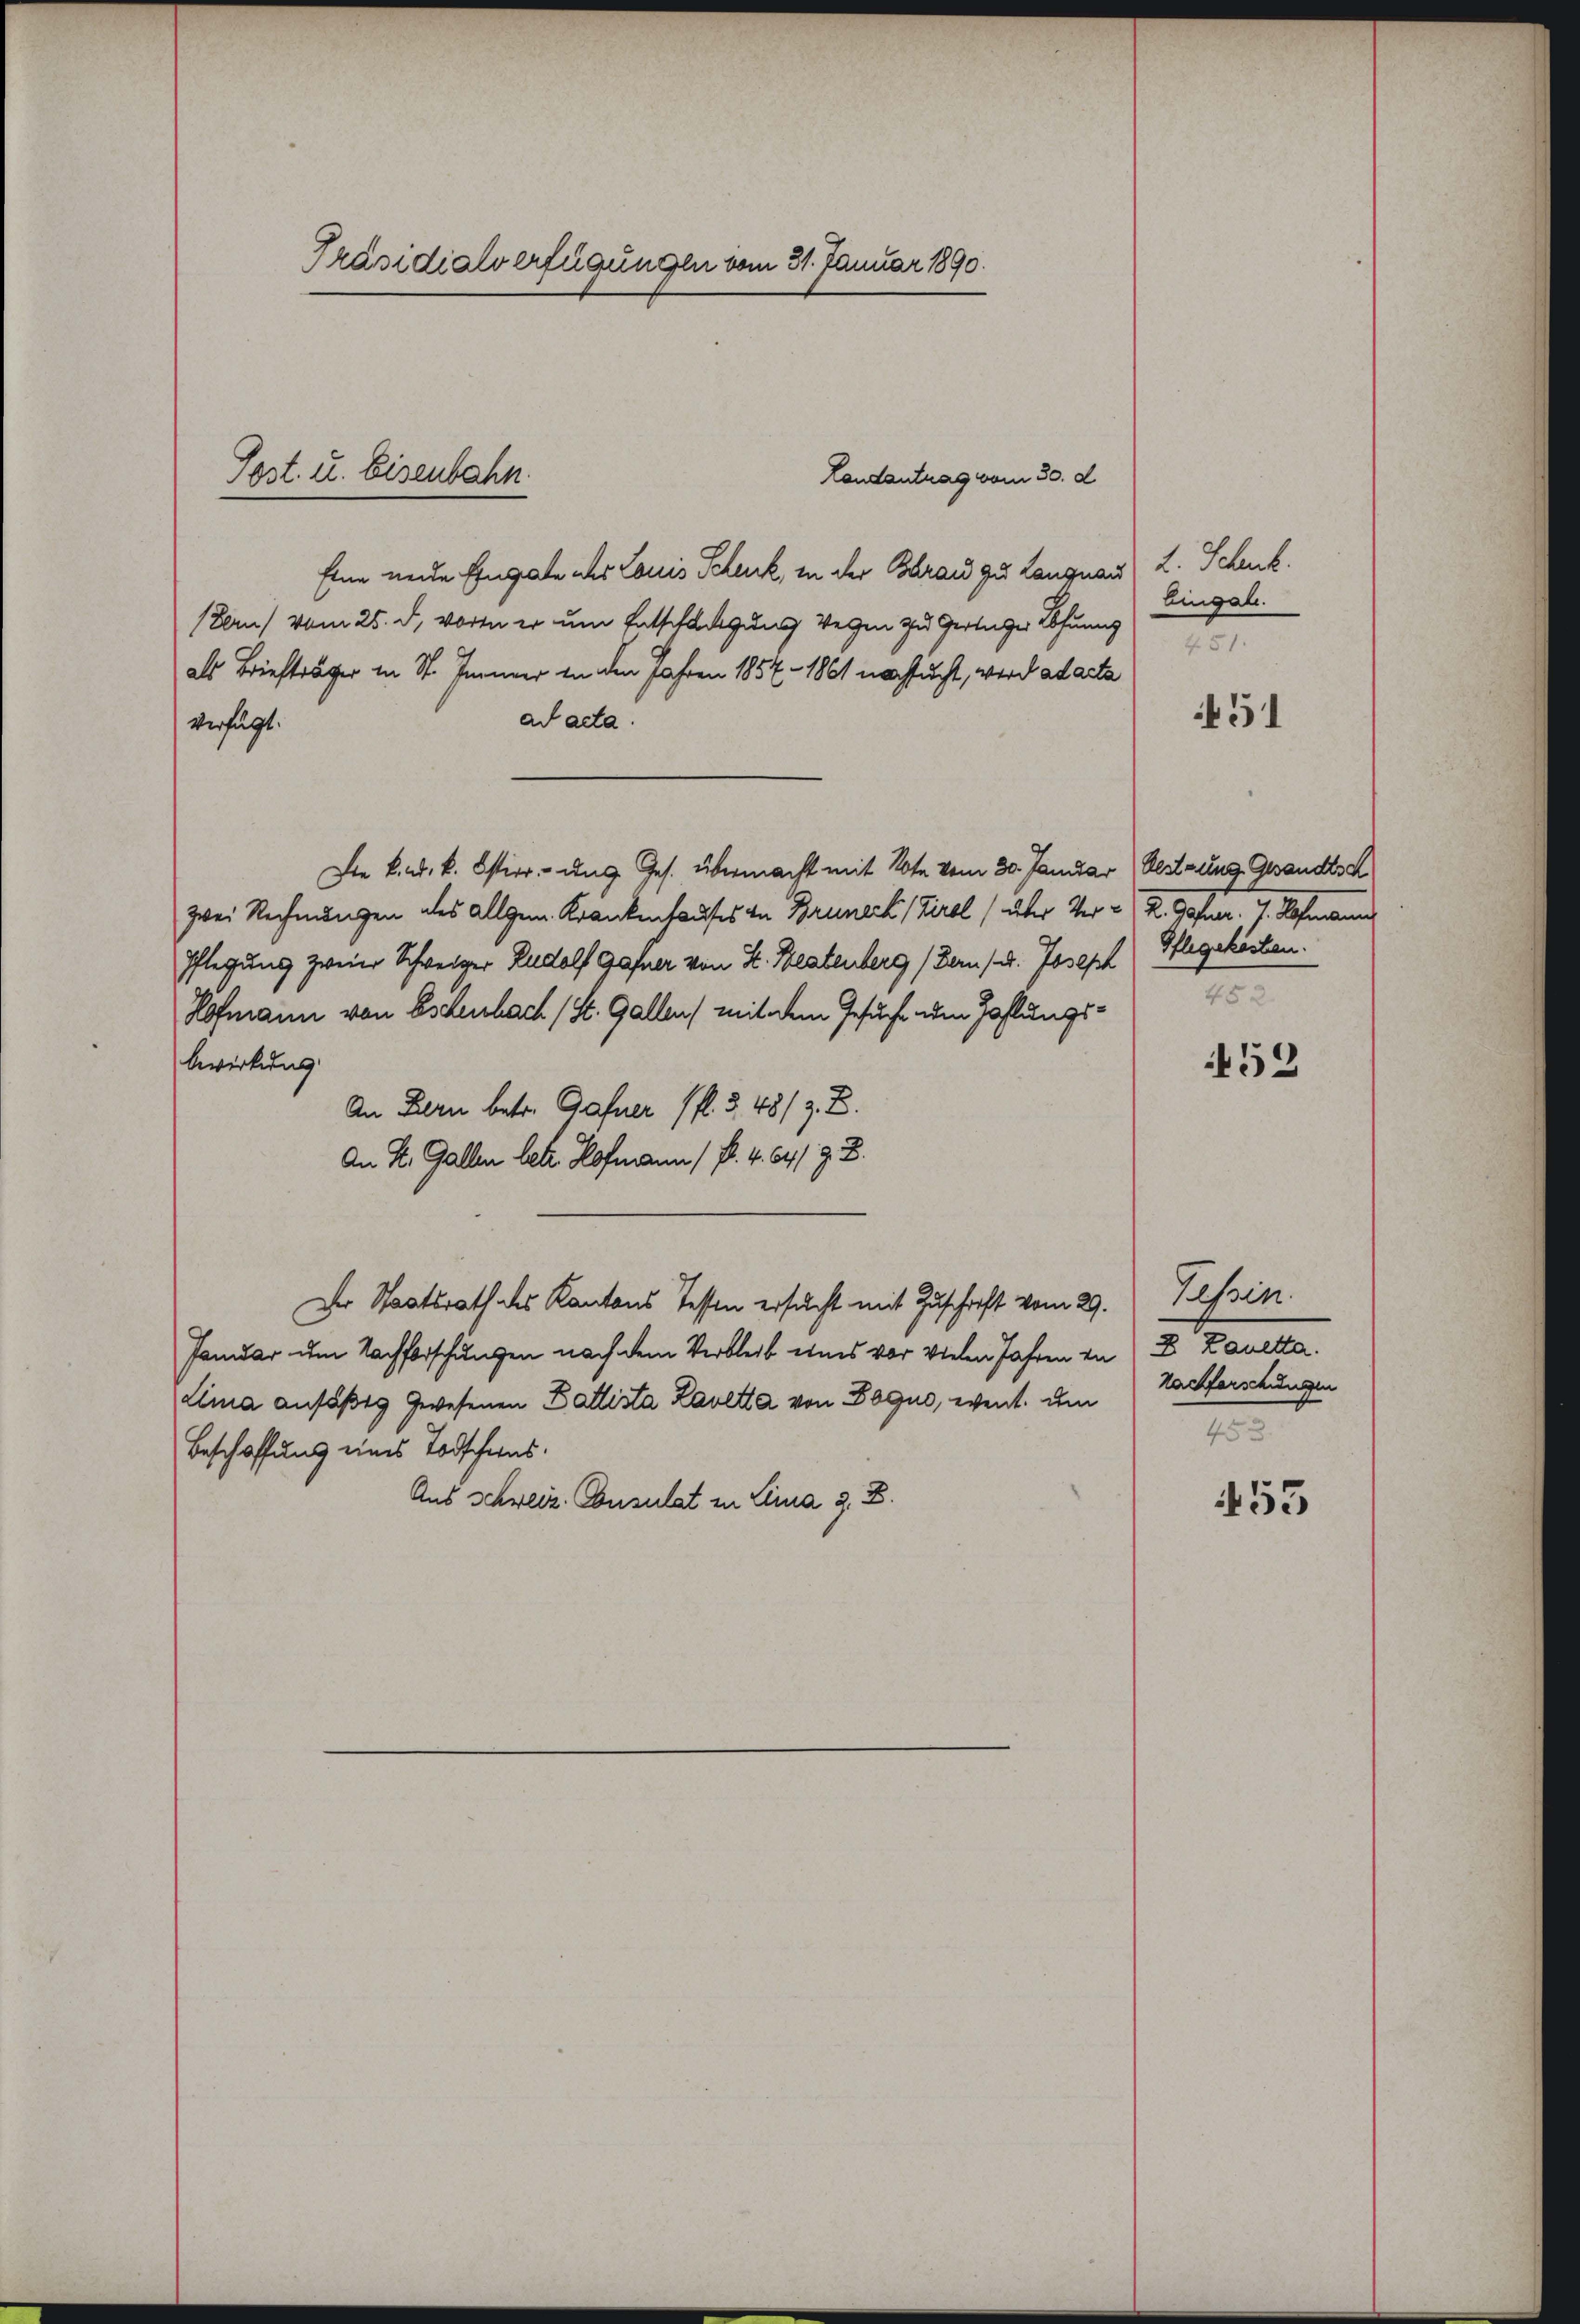
Präsidialverfügungen vom 31. Januar 1890.

Landantrag vom 30. d
Eine neue Eingabe des Louis Schenk, in der Brand zu Langnau) L. Schenk.
(Bern) vom 25. d. vorte er um Entschlagung Verzen zu Gertiger Wohnung
als Briefträger in St. Immer in den Jahren 1857 - 1861 nachsucht, wird ad acta
ad acta.
verfügt.
Die k. k. k. Ostierung Ges. übermacht mit Note vom 30. Januar (Gestzung Gesandtsch
zwei Rechnungen des Allgem. Krankenkaufes in Bruneck, Tirol (über Ver- R. Gofner. J. Hofmann
Pflegung zweier Schweiger Rudolf gafner von St. Beatenberg (der /. Joseph (Pflegekösten.
Hofmann von Eschenbach St. Gallen mit dem Gesuche um Zahlungsbewirkung
An Bern betr. Hafner (fl. 3, 48/ z. B.
An St. Gallen betr. Hofmann (fl. 4. 64 f. z. B.
Der Staatsrath des Kantons Tessen ersucht mit Zuschrift vom 29. Tessin.
Januar um Nachforschungen nach dem Verbleib eines vor vielen Jahren in D. Lauetta.
Lima ansäßts gewesenen Ballista Lavetta von Bogue, went, um
Beschaffung eines Todschens.
Aus Schweiz. Consulat in Lina z. B.

Post. u. Eisenbahn.

Eingal.
451.

451

452

452

Nachforschungen
453

455